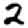
Digit: 2